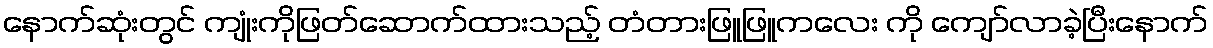
နောက်ဆုံးတွင် ကျုံးကိုဖြတ်ဆောက်ထားသည့် တံတားဖြူဖြူကလေး ကို ကျော်လာခဲ့ပြီးနောက်